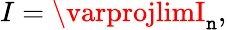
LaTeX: I=\varprojlimI_{\mathtt{n}},